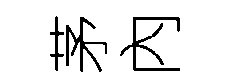
茅內